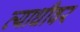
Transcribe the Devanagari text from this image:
व्याधीवर